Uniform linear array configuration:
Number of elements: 4
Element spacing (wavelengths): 1
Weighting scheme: exponential
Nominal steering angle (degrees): -30
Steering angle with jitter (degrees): -31.249
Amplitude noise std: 0.05
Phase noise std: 0.05

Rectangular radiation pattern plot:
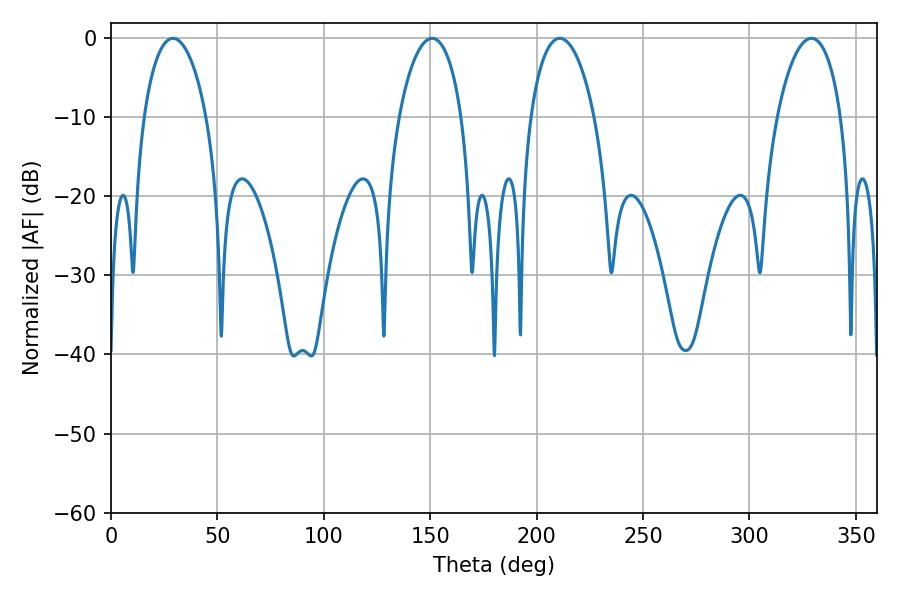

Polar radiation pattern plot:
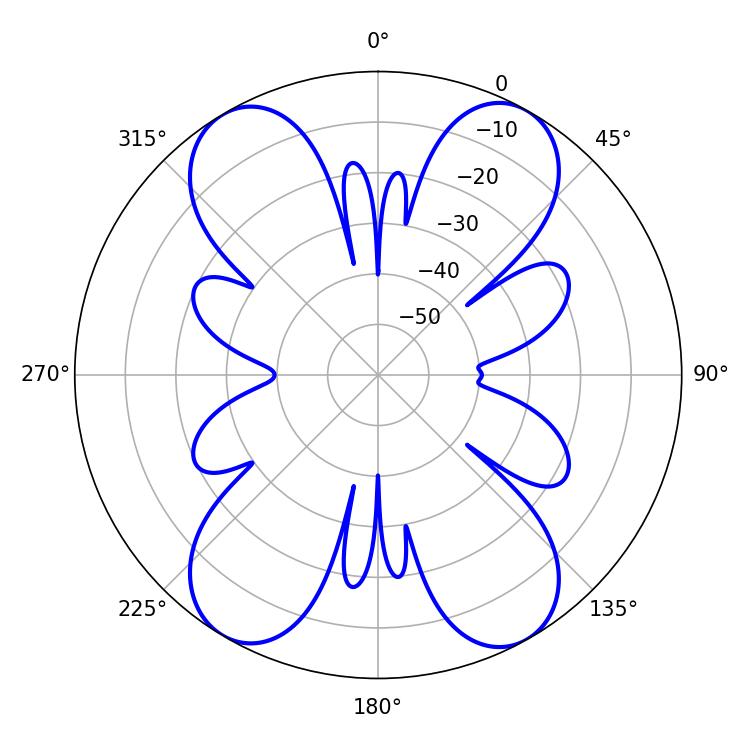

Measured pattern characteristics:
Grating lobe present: TRUE
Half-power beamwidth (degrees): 16.74
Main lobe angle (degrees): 29.16